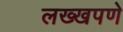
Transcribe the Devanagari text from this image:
लख्खपणे